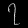
Digit: ၇